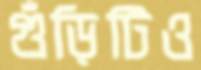
গুঁড়িটিও